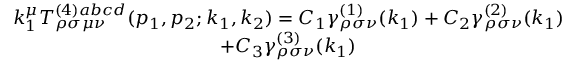
\begin{array} { c } { { k _ { 1 } ^ { \mu } T _ { \rho \sigma \mu \nu } ^ { ( 4 ) a b c d } ( p _ { 1 } , p _ { 2 } ; k _ { 1 } , k _ { 2 } ) = C _ { 1 } \gamma _ { \rho \sigma \nu } ^ { ( 1 ) } ( k _ { 1 } ) + C _ { 2 } \gamma _ { \rho \sigma \nu } ^ { ( 2 ) } ( k _ { 1 } ) } } \\ { { + C _ { 3 } \gamma _ { \rho \sigma \nu } ^ { ( 3 ) } ( k _ { 1 } ) } } \end{array}